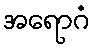
အရောဂံ